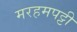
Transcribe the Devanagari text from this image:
मरहमपट्टी